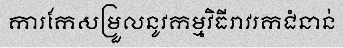
ការកែសម្រួលនូវកម្មវិធីរាវរកជំនាន់